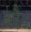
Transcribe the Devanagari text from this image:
ब्लैग